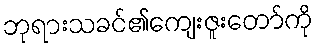
ဘုရားသခင်၏ကျေးဇူးတော်ကို